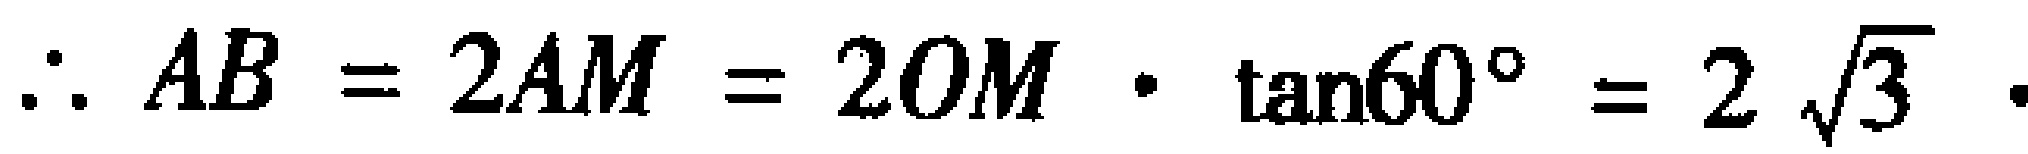
\(\therefore AB = 2AM = 2OM\cdot\tan60^{\circ}=2\sqrt{3}\cdot\)